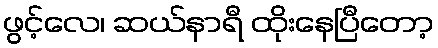
ဖွင့်လေ၊ ဆယ်နာရီ ထိုးနေပြီတော့